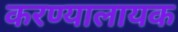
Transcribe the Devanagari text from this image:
करण्यालायक